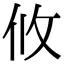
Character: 攸